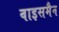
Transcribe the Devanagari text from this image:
वाइसमैन